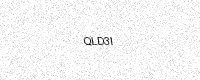
Text: QLD3I